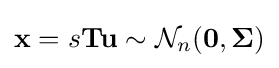
\mathbf {x} =s\mathbf {Tu} \sim {\mathcal {N}}_{n}(\mathbf {0} ,{\boldsymbol {\Sigma }})